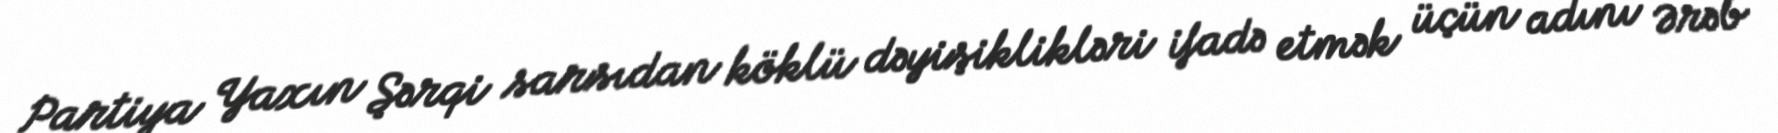
Partiya Yaxın Şərqi sarsıdan köklü dəyişiklikləri ifadə etmək üçün adını Ərəb